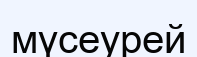
мүсеурей